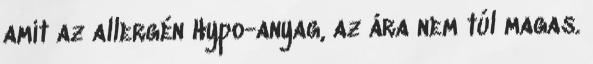
amit az allergén Hypo-anyag, az ára nem túl magas.